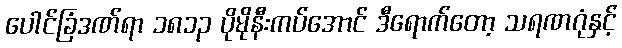
ပေါင်ခြံဒဏ်ရာ ၁၈၁၃ ပိုမိုနီးကပ်အောင် ဒီရောက်တော့ သရဏဂုံနှင့်